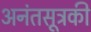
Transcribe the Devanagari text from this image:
अनंतसूत्रकी